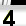
Digit: 3